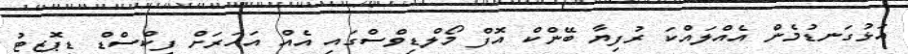
އަޅުގަނޑުމެން އެއްލައްކަ ރުފިޔާ ބޭންކް އޮފް މޯލްޑިވްސްގައި އެއް އަހަރަށް ފިކްސްޑް ޑިޕޮޒިޓު